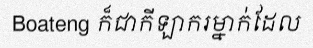
Boateng ក៏ជាកីឡាករម្នាក់ដែល